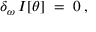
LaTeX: \delta _ { \omega } \, I [ \theta ] \; = \; 0 \; ,